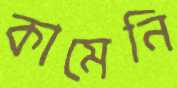
কামেনি